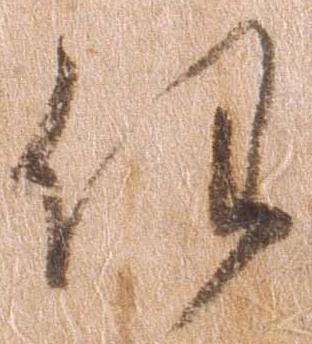
任